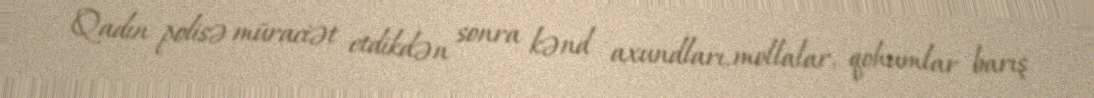
Qadın polisə müraciət etdikdən sonra kənd axundları, mollalar, qohumlar barış